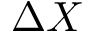
\Delta X